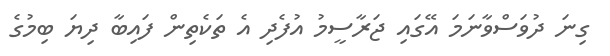
ގިނަ ދުވަސްވާނަމަ އޭގައި ޖަރާސީމު އުފެދި އެ ތަކެތިން ފައިބާ ދިޔަ ބިމުގެ